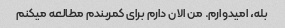
بله، امیدوارم. من الان دارم برای کمربندم مطالعه میکنم